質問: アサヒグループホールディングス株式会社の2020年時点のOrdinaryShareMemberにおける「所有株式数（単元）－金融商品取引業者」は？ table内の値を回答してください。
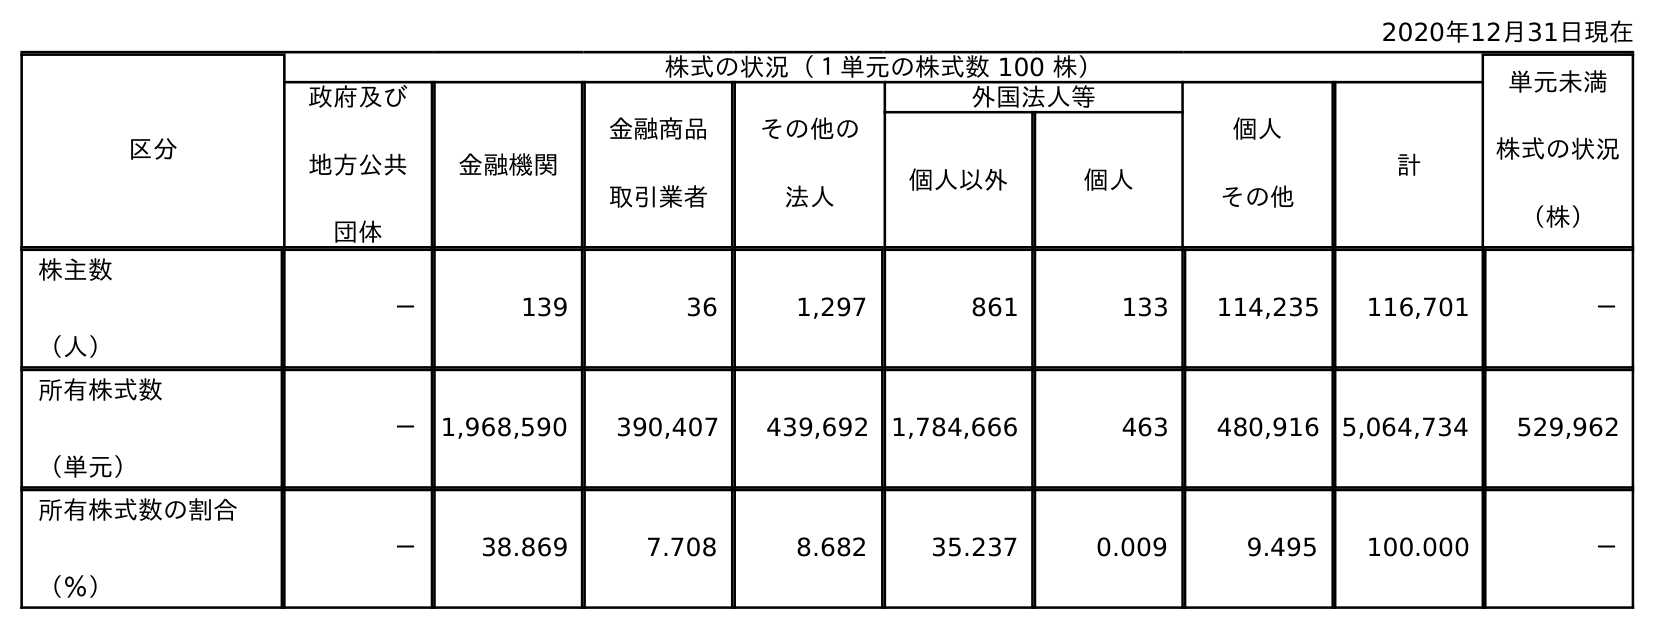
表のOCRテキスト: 2020年12月31日現在 区分 株式の状況（１単元の株式数 100 株） 単元未満 株式の状況 （株） 政府及び 地方公共 団体 金融機関 金融商品 取引業者 その他の 法人 外国法人等 個人 その他 計 個人以外 個人 株主数 （人） － 139 36 1,297 861 133 114,235 116,701 － 所有株式数 （単元） － 1,968,590 390,407 439,692 1,784,666 463 480,916 5,064,734 529,962 所有株式数の割合 （％） － 38.869 7.708 8.682 35.237 0.009 9.495 100.000 －
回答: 390,407